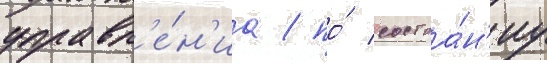
управл'е́н'иа / по́ состоа́н'иу